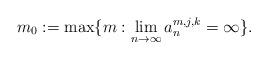
LaTeX: \begin{align*}m_0:=\max\{m: \lim_{n\to\infty}a_n^{m,j,k}=\infty\}.\end{align*}